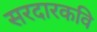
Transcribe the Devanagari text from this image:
सरदारकवि